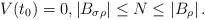
LaTeX: \begin{align*}V(t_0)=0,\left|B_{\sigma \rho}\right|\leq N \leq \left|B_\rho\right|.\end{align*}